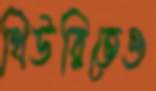
থিউরিতেও